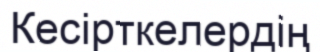
Кесірткелердің